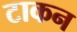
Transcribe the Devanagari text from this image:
टाकन